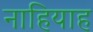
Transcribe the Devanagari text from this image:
नाहियाह